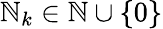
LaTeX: \mathbb{N}_{k}\in\mathbb{\mathbb{N}}\cup\{ 0\}